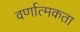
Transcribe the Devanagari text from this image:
वर्णात्मकता